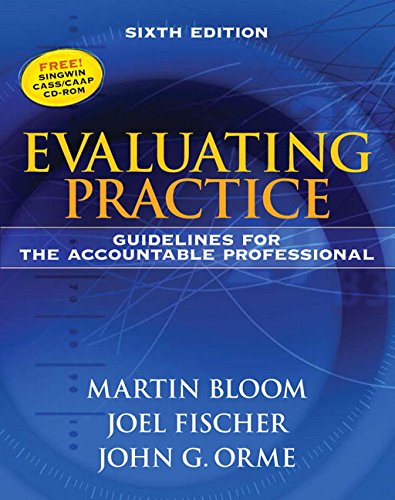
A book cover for Evaluating Practice: Guidelines for the Accountable Professional (6th Edition); Martin Bloom; Politics & Social Sciences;